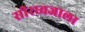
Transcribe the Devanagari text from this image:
सीरध्वजाला